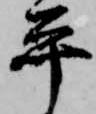
平